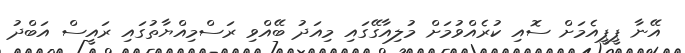
އޭނާ ޕީޕީއެމަށް ސޮއި ކުރެއްވުމަށް މުލިއާގޭގައި މިއަދު ބޭއްވި ރަސްމިއްޔާތުގައި ރައީސް އަބްދު